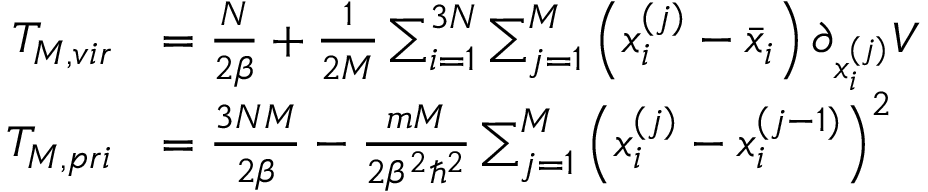
\begin{array} { r l } { T _ { M , v i r } } & { = \frac { N } { 2 \beta } + \frac { 1 } { 2 M } \sum _ { i = 1 } ^ { 3 N } \sum _ { j = 1 } ^ { M } \left( x _ { i } ^ { ( j ) } - \Bar { x } _ { i } \right) \partial _ { x _ { i } ^ { ( j ) } } V } \\ { T _ { M , p r i } } & { = \frac { 3 N M } { 2 \beta } - \frac { m M } { 2 \beta ^ { 2 } \hbar ^ { 2 } } \sum _ { j = 1 } ^ { M } \left( x _ { i } ^ { ( j ) } - x _ { i } ^ { ( j - 1 ) } \right) ^ { 2 } } \end{array}